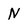
Character: N